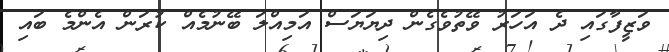
ވަޒީފާގައި ދެ އަހަރު ވޭތުވެގެން ދިޔަޔަސް އަމިއްލަ ބޭނުމެއް ކުރަން އެންމެ ބައި